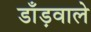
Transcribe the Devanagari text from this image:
डाँड़वाले